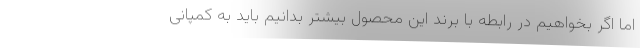
اما اگر بخواهیم در رابطه با برند این محصول بیشتر بدانیم باید به کمپانی